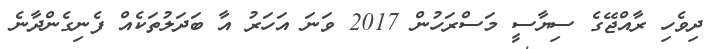
ދިވެހި ރާއްޖޭގެ ސިޔާސީ މަސްރަހުން 2017 ވަނަ އަހަރު އާ ބަދަލުތަކެއް ފެނިގެންދާނެ